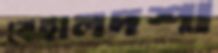
বেহালদশা